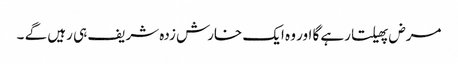
مرض پھیلتا رہے گا اور وہ ایک خارش زدہ شریف ہی رہیں گے ۔